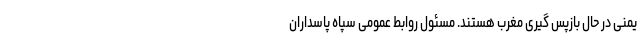
یمنی در حال بازپس گیری مغرب هستند. مسئول روابط عمومی سپاه پاسداران